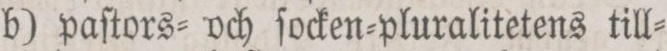
b) paſtors= och ſocken=pluralitetens till=